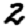
Digit: 2